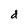
Character: d